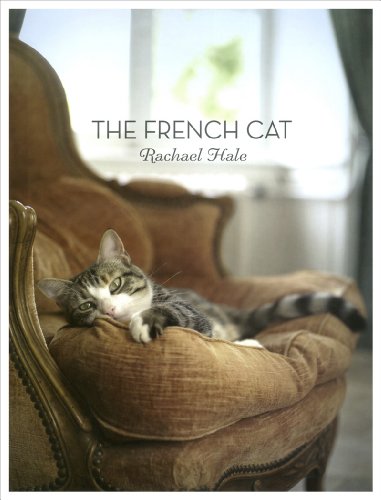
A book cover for The French Cat; Rachael Hale McKenna; Arts & Photography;